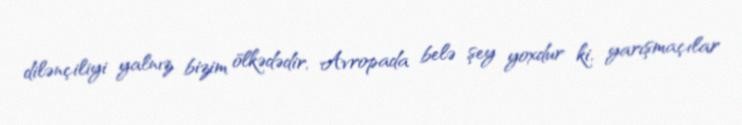
dilənçiliyi yalnız bizim ölkədədir, Avropada belə şey yoxdur ki, yarışmaçılar